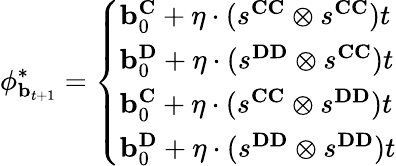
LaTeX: \mathbf{\phi}_{\mathbf{b}_{t+1}}^{*}=\left\{ \begin{array}{ll}{\mathbf{b}_{0}^{\mathbf{C}}+\eta\cdot(s^{\mathbf{CC}}\otimes s^{\mathbf{CC}})t}\\ {\mathbf{b}_{0}^{\mathbf{D}}+\eta\cdot(s^{\mathbf{DD}}\otimes s^{\mathbf{CC}})t}\\ {\mathbf{b}_{0}^{\mathbf{C}}+\eta\cdot(s^{\mathbf{CC}}\otimes s^{\mathbf{DD}})t}\\ {\mathbf{b}_{0}^{\mathbf{D}}+\eta\cdot(s^{\mathbf{DD}}\otimes s^{\mathbf{DD}})t}\end{array}\right.